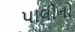
પાલીનો